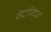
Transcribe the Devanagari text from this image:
वेदसिद्ध